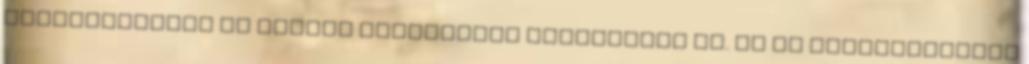
belevághatunk az utolsó augusztusi éjszakákba is. Be és kijelentkezés